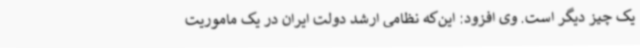
یک چیز دیگر است. وی افزود: این‌که نظامی ارشد دولت ایران در یک ماموریت